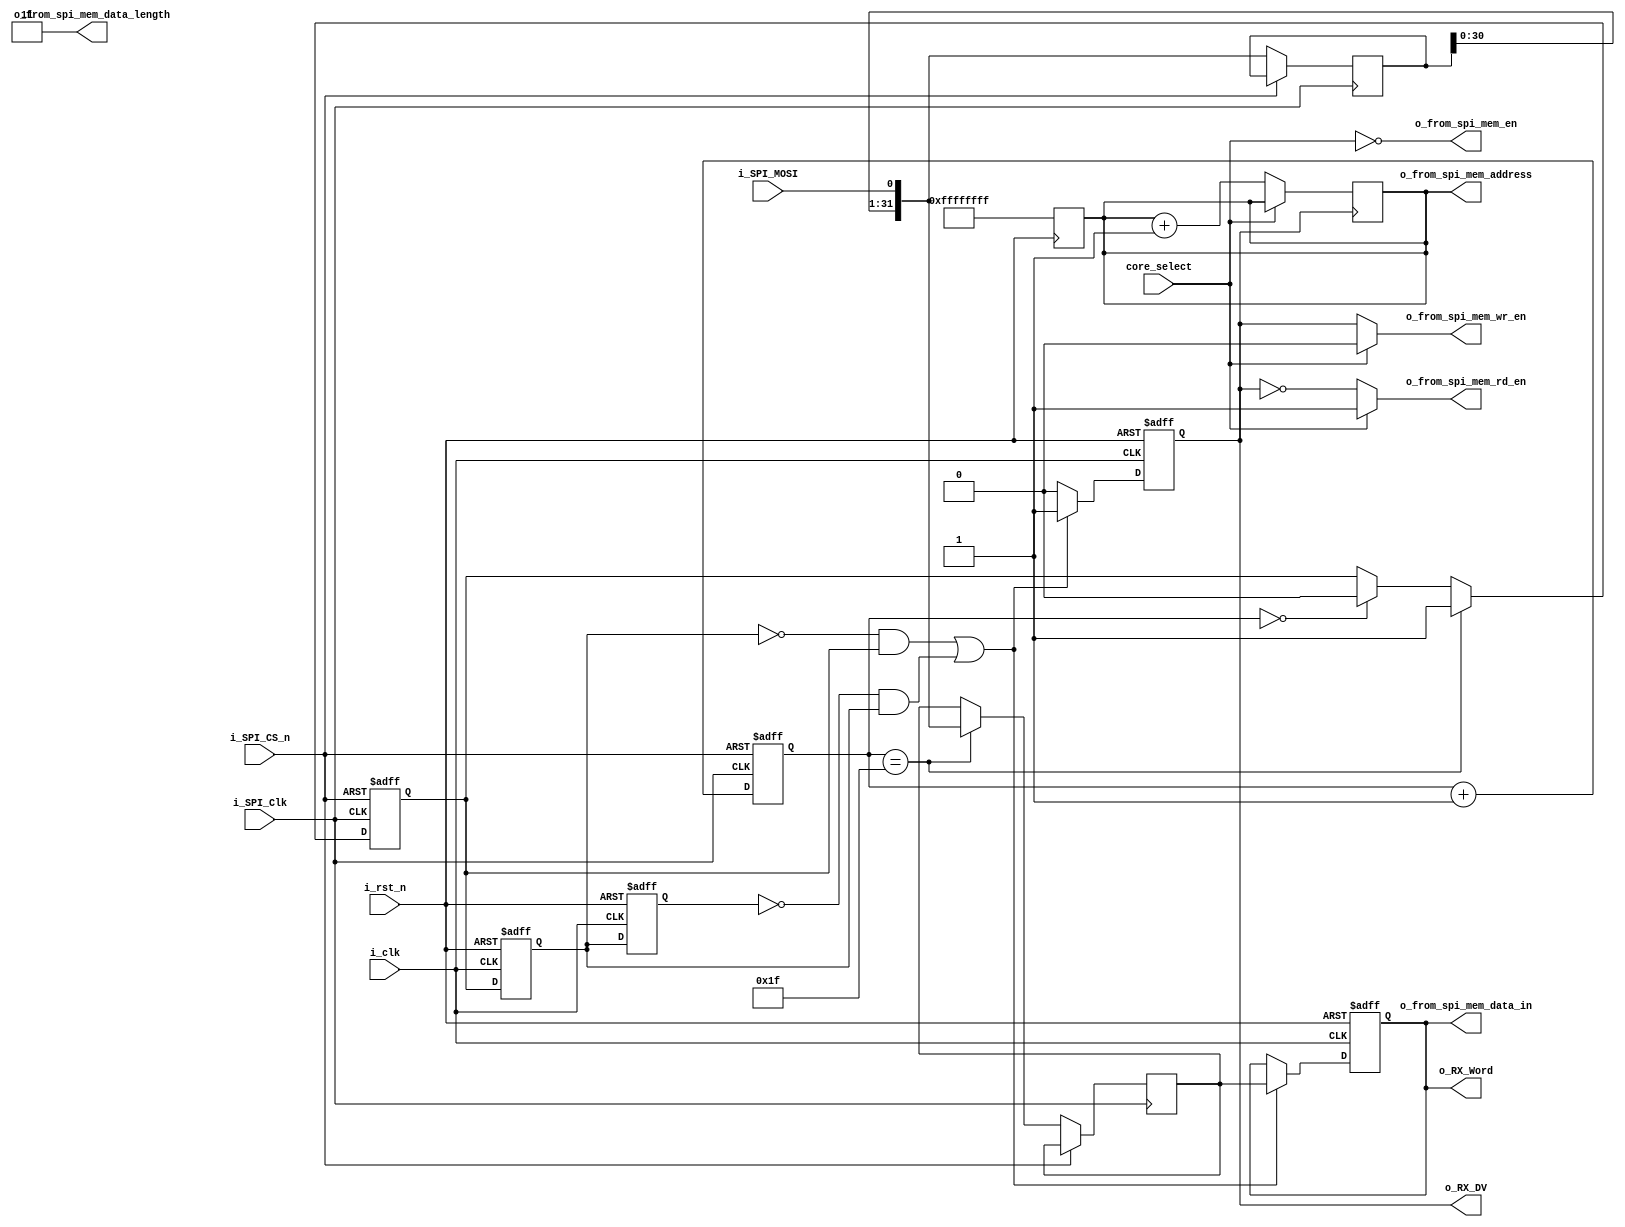
///////////////////////////////////////////////////////////////////////////////
// Description: SPI (Serial Peripheral Interface) Slave
//              Creates slave based on input configuration.
//              Receives a 8-byte word one bit at a time on MOSI

//				MISO is deactivated**

//              Supports multiple bytes per transaction when CS_n is kept 
//              low during the transaction.
//
// Note:        i_Clk must be at least 4x faster than i_SPI_Clk
//              MISO is tri-stated when not communicating.  Allows for multiple
//              SPI Slaves on the same interface.
//
// Parameters:  SPI_MODE, can be 0, 1, 2, or 3.  See above.
//              Can be configured in one of 4 modes:
//              Mode | Clock Polarity (CPOL/CKP) | Clock Phase (CPHA)
//               0   |             0             |        0
//               1   |             0             |        1
//               2   |             1             |        0
//               3   |             1             |        1
//              More info: https://en.wikipedia.org/wiki/Serial_Peripheral_Interface_Bus#Mode_numbers
///////////////////////////////////////////////////////////////////////////////

module SPI_Slave_Controller
  #(parameter SPI_MODE = 0,
    parameter DATA_LENGTH = 32,  
    parameter ADDRESS_LENGTH = 32)
  (
   // Control/Data Signals,
   input             i_rst_n,    // Reset, active low
   input             i_clk,      // Clock
   output reg        o_RX_DV,    // Data Valid pulse (1 clock cycle)
   output reg [31:0] o_RX_Word,  // Word received on MOSI

   // SPI Interface
   input      i_SPI_Clk,
   input      i_SPI_MOSI,
   input      i_SPI_CS_n,        // active low
    
   // Core select
   input core_select,
    
   // Output signals for wrapper
   output wire o_from_spi_mem_en,
   output wire o_from_spi_mem_wr_en, // EDITED BY DIGANTA, (REG > wire)
   output wire o_from_spi_mem_rd_en, // EDITED BY DIGANTA, (REG > wire)
   output reg [ADDRESS_LENGTH-1:0] o_from_spi_mem_address,
   output wire [DATA_LENGTH-1:0] o_from_spi_mem_data_in,
   output wire [1:0] o_from_spi_mem_data_length
   );

  
  // SPI Interface (All Runs at SPI Clock Domain)
  wire w_CPOL;     // Clock polarity
  wire w_CPHA;     // Clock phase
  wire w_SPI_Clk;  // Inverted/non-inverted depending on settings
  
  reg [4:0] r_RX_Bit_Count;
  reg [31:0] r_RX_Word;
  reg [31:0] r_Temp_RX_Word;
  reg r_RX_Done, r2_RX_Done, r3_RX_Done;

  // CPOL: Clock Polarity
  // CPOL=0 means clock idles at 0, leading edge is rising edge.
  // CPOL=1 means clock idles at 1, leading edge is falling edge.
  assign w_CPOL  = (SPI_MODE == 2) | (SPI_MODE == 3);

  // CPHA: Clock Phase
  // CPHA=0 means the "out" side changes the data on trailing edge of clock
  //              the "in" side captures data on leading edge of clock
  // CPHA=1 means the "out" side changes the data on leading edge of clock
  //              the "in" side captures data on the trailing edge of clock
  assign w_CPHA  = (SPI_MODE == 1) | (SPI_MODE == 3);
  assign w_SPI_Clk = w_CPHA ? ~i_SPI_Clk : i_SPI_Clk;


  // Purpose: Recover SPI Word in SPI Clock Domain
  // Samples MOSI line on correct edge of SPI Clock
  always @(posedge w_SPI_Clk or posedge i_SPI_CS_n)
  begin
    if (i_SPI_CS_n)
    begin
      r_RX_Bit_Count <= 0;
      r_RX_Done      <= 1'b0;
    end
    else
    begin
      r_RX_Bit_Count <= r_RX_Bit_Count + 1;

      // Receive in LSB, shift up to MSB
      r_Temp_RX_Word <= {r_Temp_RX_Word[30:0], i_SPI_MOSI};
    
      if (r_RX_Bit_Count == 5'b11111)
      begin
        r_RX_Done <= 1'b1;
        r_RX_Word <= {r_Temp_RX_Word[30:0], i_SPI_MOSI};
      end
      else if (r_RX_Bit_Count == 5'b00000)
      begin
        r_RX_Done <= 1'b0;        
      end

    end // else: !if(i_SPI_CS_n)
  end // always @ (posedge w_SPI_Clk or posedge i_SPI_CS_n)



  // Purpose: Cross from SPI Clock Domain to main core clock domain
  // Assert o_RX_DV for 2 clock cycle when o_RX_Word has valid data.
  always @(posedge i_clk or negedge i_rst_n)
  begin
    if (~i_rst_n)
    begin
      r2_RX_Done <= 1'b0;
      r3_RX_Done <= 1'b0;
      o_RX_DV    <= 1'b0;
      o_RX_Word  <= 32'h00;
    end
    else
    begin
      // Here is where clock domains are crossed.
      // This will require timing constraint created, can set up long path.
      r2_RX_Done <= r_RX_Done;
      r3_RX_Done <= r2_RX_Done;

      // setting o_RX_DV to 1'b1 for 2 Clock cycle 
      if ((r2_RX_Done == 1'b0 && r_RX_Done == 1'b1) || (r3_RX_Done == 1'b0 && r2_RX_Done == 1'b1)) 
      begin
        o_RX_DV   <= 1'b1;  // Pulse Data Valid 2 clock cycle
        o_RX_Word <= r_RX_Word;
      end
      else
      begin
        o_RX_DV <= 1'b0;
      end
    end // else: !if(~i_Rst_L)
  end // always @ (posedge i_Bus_Clk)
  
  
  
  
  //=============== Wrapper Control and data signals ============//
  
   //write and read enable follows o_RX_DV
   assign o_from_spi_mem_en = ~core_select;
   assign o_from_spi_mem_wr_en = core_select ? 1'b0 : o_RX_DV;
   assign o_from_spi_mem_rd_en = core_select ? 1'b1 : ~o_RX_DV;
  
   // Receiving data from SPI
   assign o_from_spi_mem_data_in = o_RX_Word; 
   assign o_from_spi_mem_data_length = 2'b11;
  
  
  // address will reset only when i_rst_n is imposed
  always @(negedge i_rst_n)
    begin
      if (~i_rst_n)
      begin
        o_from_spi_mem_address <= 32'hffffffff;
      end
    end
  
  // If core_select is 1'b1, address will retain its formal value, otherwise will increment 
  // after receiving a word
  always @(posedge o_RX_DV)
    begin
      if(~core_select)
        begin
        	o_from_spi_mem_address <= o_from_spi_mem_address + 1;
        end
    end

endmodule // SPI_Slave